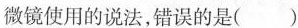
微镜使用的说法，错误的是 ( )